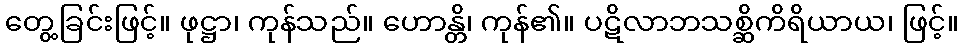
တွေ့ခြင်းဖြင့်။ ဖုဋ္ဌာ၊ ကုန်သည်။ ဟောန္တိ၊ ကုန်၏။ ပဋိလာဘသစ္ဆိကိရိယာယ၊ ဖြင့်။